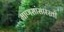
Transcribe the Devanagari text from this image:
माणसांसारखी